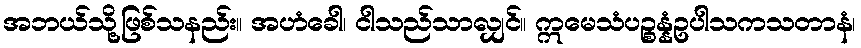
အဘယ်သို့ဖြစ်သနည်း။ အဟံခေါ၊ ငါသည်သာလျှင်။ ဣမေသံပဉ္စန္နံဥပါသကသတာနံ၊